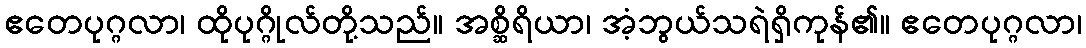
ဧတေပုဂ္ဂလာ၊ ထိုပုဂ္ဂိုလ်တို့သည်။ အစ္ဆိရိယာ၊ အံ့ဘွယ်သရဲရှိကုန်၏။ ဧတေပုဂ္ဂလာ၊